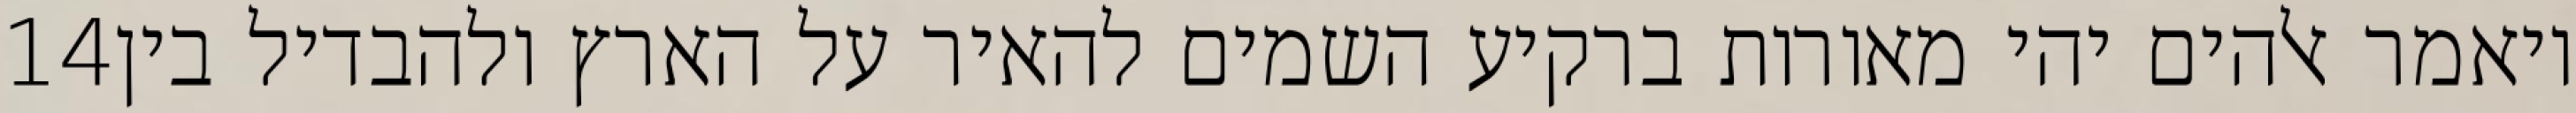
‎14‏ ויאמר אלהים יהי מאורות ברקיע השמים להאיר על הארץ ולהבדיל בין